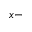
x -